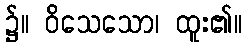
၌။ ဝိသေသော၊ ထူး၏။